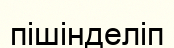
пішінделіп